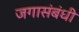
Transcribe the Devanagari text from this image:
जगासंबंधी